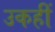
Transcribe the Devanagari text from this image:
उकहीं